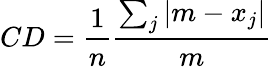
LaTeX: CD={\frac{1}{n}}{\frac{\sum_{j}{|m-x_{j}|}}{m}}